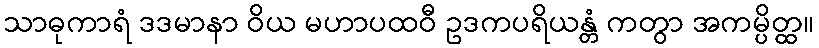
သာဓုကာရံ ဒဒမာနာ ဝိယ မဟာပထဝီ ဥဒကပရိယန္တံ ကတွာ အကမ္ပိတ္ထ။